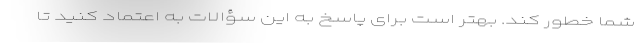
شما خطور کند. بهتر است برای پاسخ به این سؤالات به اعتماد کنید تا